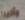
وأخيرا